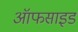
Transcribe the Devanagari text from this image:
ऑफसाइड